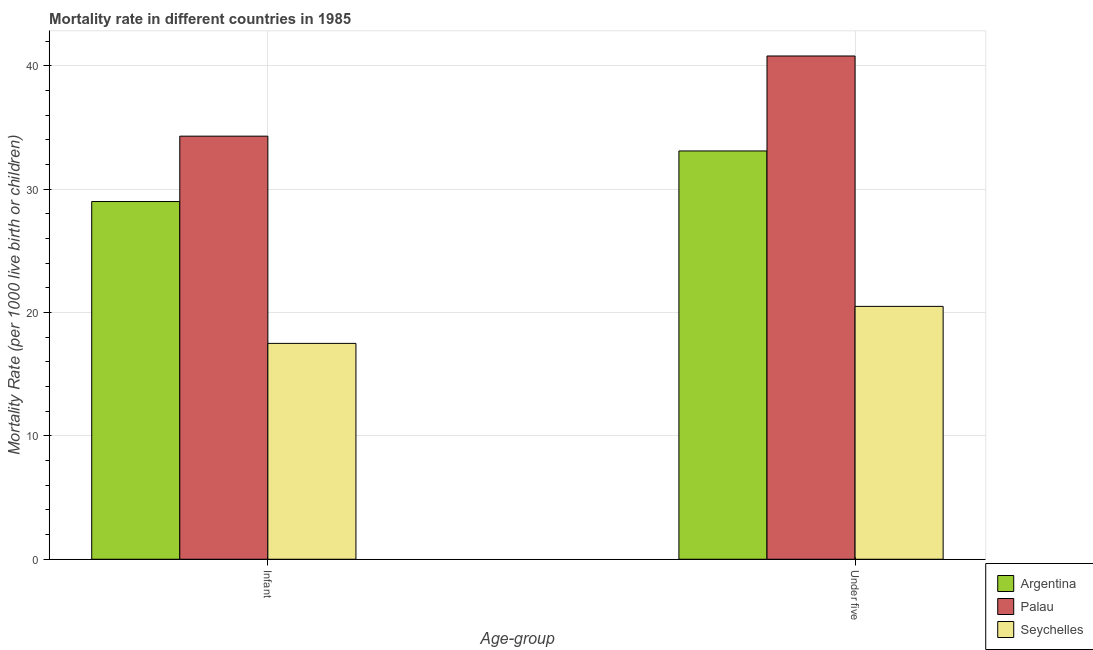
| Age-group | Argentina | Palau | Seychelles |
 | --- | --- | --- | --- |
 | Infant | 29 | 34.3 | 17.5 |
 | Under five | 33.1 | 40.8 | 20.5 |